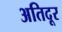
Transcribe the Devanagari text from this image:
अतिदूर